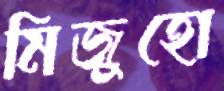
মিজুহো